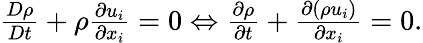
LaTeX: \begin{array}{r}{\frac{D\rho}{Dt}+\rho\frac{\partial u_{i}}{\partial x_{i}}=0\Leftrightarrow\frac{\partial\rho}{\partial t}+\frac{\partial\left(\rho u_{i}\right)}{\partial x_{i}}=0.}\end{array}